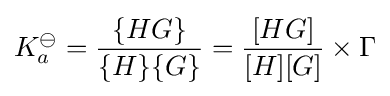
K_{a}^{\ominus }={\frac {\{HG\}}{\{H\}\{G\}}}={\frac {[HG]}{[H][G]}}\times \Gamma